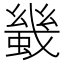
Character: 𧎶